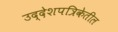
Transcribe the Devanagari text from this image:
उद्देशपत्रिकेतील